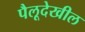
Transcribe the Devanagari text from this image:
पैलूदेखील